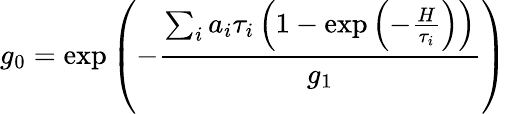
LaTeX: g_{0}=\exp\left(-\frac{\sum_{i}a_{i}\tau_{i}\left(1-\exp\left(-\frac{H}{\tau_{i}}\right)\right)}{g_{1}}\right)